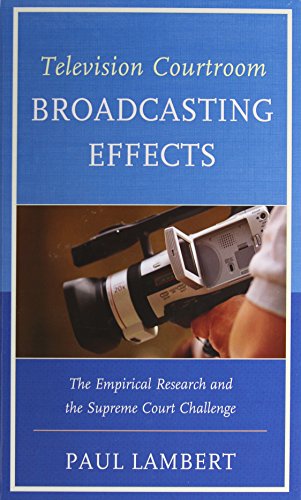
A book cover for Television Courtroom Broadcasting Effects: The Empirical Research and the Supreme Court Challenge; Paul Lambert; Law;